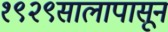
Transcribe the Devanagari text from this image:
१९२९सालापासून